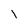
Character: l